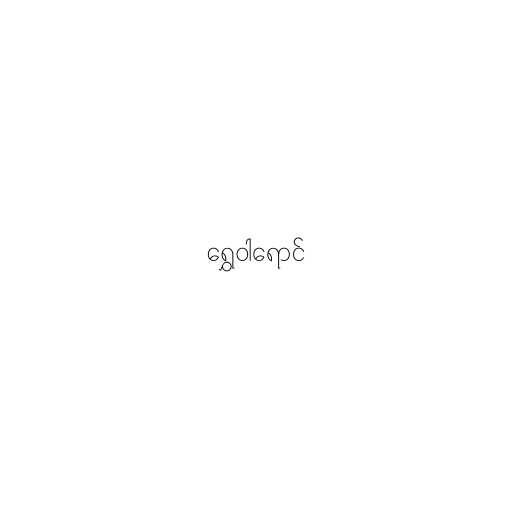
ရွှေဝါရောင်